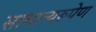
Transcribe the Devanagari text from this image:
सामान्यरूपेण